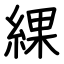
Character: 綶